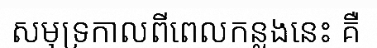
សមុទ្រកាលពីពេលកន្លងនេះ គឺ